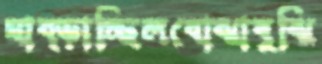
ঘাব্‌ড়াচ্ছিলবোঝাবুঝি